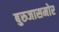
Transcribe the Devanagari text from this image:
बुरुजासमोर